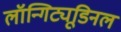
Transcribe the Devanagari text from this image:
लॉन्गिट्यूडिनल